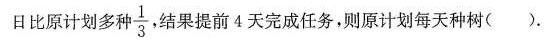
日比原计划多种\frac{1}{3}结果提前4天完成任务，则原计划每天种树()。